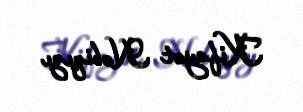
Kifayət Nəbiqızı